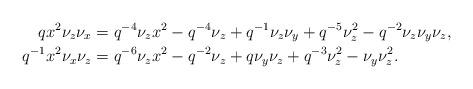
LaTeX: \begin{align*}qx^2 \nu_z\nu_x &= q^{-4}\nu_z x^2 - q^{-4}\nu_z + q^{-1}\nu_z\nu_y + q^{-5}\nu_z^2 - q^{-2}\nu_z\nu_y\nu_z, \\q^{-1}x^2 \nu_x \nu_z &= q^{-6}\nu_z x^2 - q^{-2}\nu_z + q\nu_y\nu_z + q^{-3}\nu_z^2 - \nu_y \nu_z^2. \end{align*}